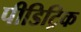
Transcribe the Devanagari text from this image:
पीडिट्रिक